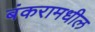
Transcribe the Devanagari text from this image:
बंकरामधील